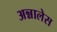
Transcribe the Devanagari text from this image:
अन्नालेस